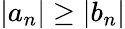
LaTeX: \left\vert a_{n}\right\vert\geq\left\vert b_{n}\right\vert